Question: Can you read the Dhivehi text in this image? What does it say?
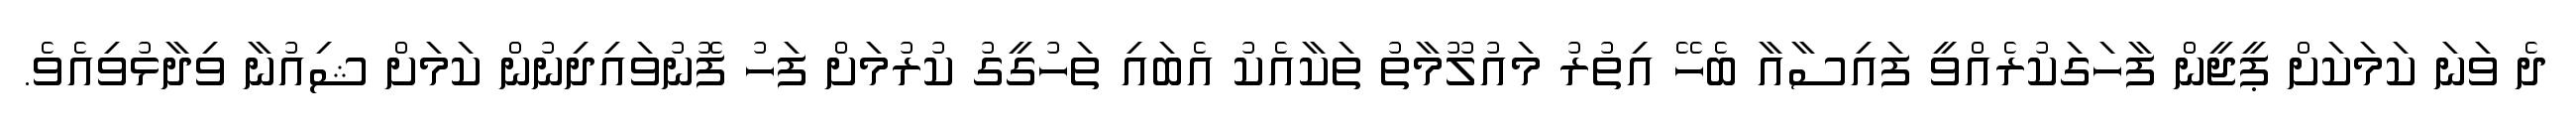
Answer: ދެ ވަނަ ކަމަކަށް ޕީޖީން ފާހަގަކުރެއްވީ ފައިސާއާ ބެހޭ އިތުރު މައުލޫމާތު ތަކާއެކު އެބައި ތަހުގީގު ކުރުމަށް ފަހު ފޮނުވައިދިނުން ކަމަށް ޝިއުނާ ވިދާޅުވިއެވެ.